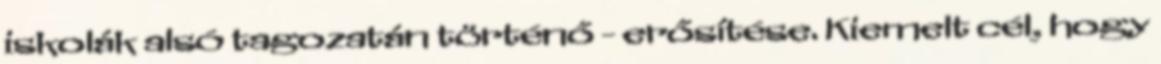
iskolák alsó tagozatán történő - erősítése. Kiemelt cél, hogy